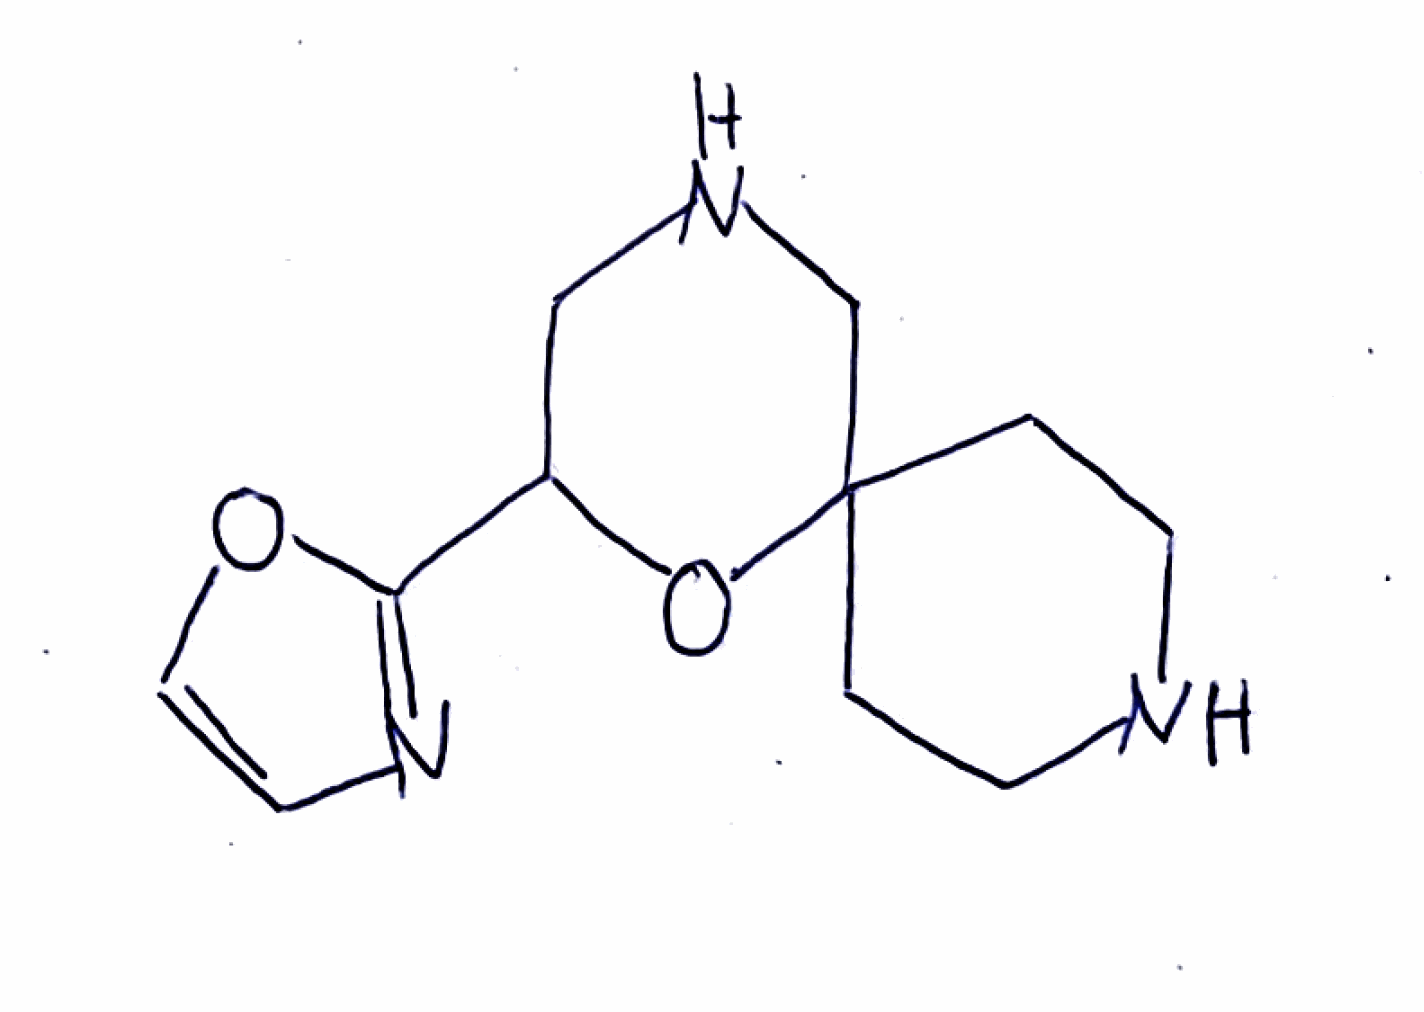
Simplified molecular-input line-entry system (SMILES) notation of the given molecule:
C1CNCCC12CNCC(O2)C3=NC=CO3